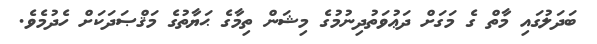
ބަދަލުގައި މާތް ގެ މަގަށް ދަޢުވަތުދިނުމުގެ މިޝަން ތިމާގެ ޙަޔާތުގެ މަޤްޞަދަކަށް ހެދުމެވެ.